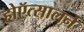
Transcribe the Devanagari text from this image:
होऍत्सालर्न